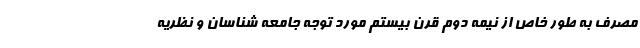
مصرف به طور خاص از نیمه دوم قرن بیستم مورد توجه جامعه شناسان و نظریه